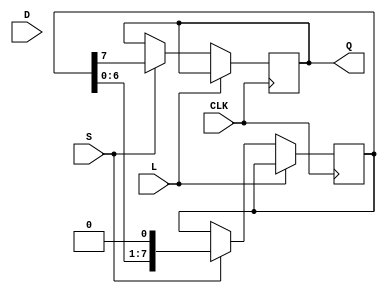
module TwoStagePISO #(
    parameter N = 8 // Number of parallel input bits
)(
    input wire [N-1:0] D, // Parallel input data
    input wire L,         // Load control signal
    input wire S,         // Shift control signal
    input wire CLK,       // Clock signal
    output reg Q          // Serial output data
);

    // Internal registers for the two stages
    reg [N-1:0] stage1; // First stage to hold parallel data
    reg [N-1:0] stage2; // Second stage for shifting out

    // Sequential logic for loading and shifting
    always @(posedge CLK) begin
        if (L) begin
            // Load data into the first stage
            stage1 <= D;
        end else if (S) begin
            // Shift data from stage1 to stage2
            stage2 <= stage1;
            // Shift out the data from stage2
            Q <= stage2[N-1]; // Output the MSB of stage2
            // Shift stage2 left for the next clock cycle
            stage2 <= {stage2[N-2:0], 1'b0}; // Shift left and fill with 0
        end
    end

endmodule